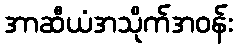
အာဆီယံအသိုက်အဝန်း